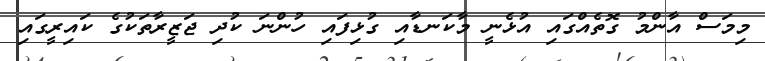
މިމަސް އާންމު ގޮތެއްގައި އުޅެނީ މާކަނޑާއި ގުޅިފައި ހުންނަ ކުދި ޖަޒީރާތަކުގެ ކައިރީގައި